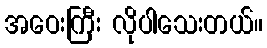
အဝေးကြီး လိုပါသေးတယ်။